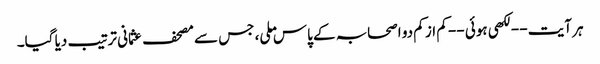
ہر آیت -- لکھی ہوئی -- کم از کم دو اصحابہ کے پاس ملی، جس سے مصحف عثمانی ترتیب دیا گیا۔